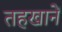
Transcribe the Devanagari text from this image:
तहखानें